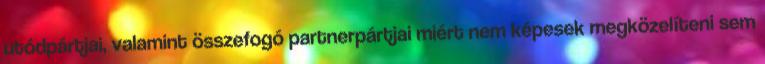
utódpártjai, valamint összefogó partnerpártjai miért nem képesek megközelíteni sem